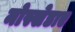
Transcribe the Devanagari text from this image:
मोस्खेडाए